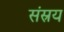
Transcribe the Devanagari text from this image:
संस्रय